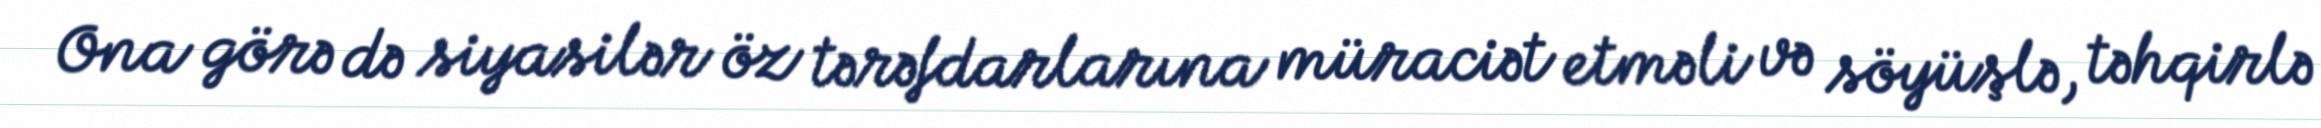
Ona görə də siyasilər öz tərəfdarlarına müraciət etməli və söyüşlə, təhqirlə